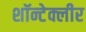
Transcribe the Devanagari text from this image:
शॉन्टेक्लीर